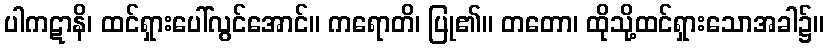
ပါကဋာနိ၊ ထင်ရှားပေါ်လွင်အောင်။ ကရောတိ၊ ပြု၏။ တတော၊ ထိုသို့ထင်ရှားသောအခါ၌။